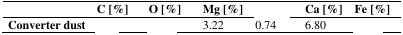
<table><thead><tr><td>[EMPTY_CELL]</td><td><b>C [%]</b></td><td><b>O [%]</b></td><td><b>Mg [%]</b></td><td>[EMPTY_CELL]</td><td><b>Ca [%]</b></td><td><b>Fe [%]</b></td></tr></thead><tbody><tr><td><b>Converter dust</b></td><td>[EMPTY_CELL]</td><td>[EMPTY_CELL]</td><td>3.22</td><td>0.74</td><td>6.80</td><td>[EMPTY_CELL]</td></tr></tbody></table>